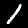
Label: 1